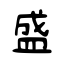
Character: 盛